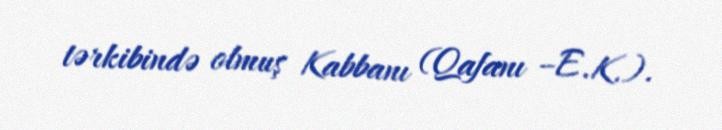
tərkibində olmuş Kabbanı (Qafanı –E.K.).